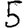
Digit: 5